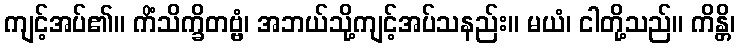
ကျင့်အပ်၏။ ကိံသိက္ခိတဗ္ဗံ၊ အဘယ်သို့ကျင့်အပ်သနည်း။ မယံ၊ ငါတို့သည်။ ကိန္တိ၊